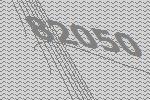
82050